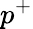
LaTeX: p^{+}